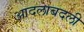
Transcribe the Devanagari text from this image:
आदलाबदली